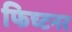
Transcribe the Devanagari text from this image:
फिच्टनर